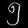
Digit: ၅